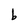
Character: b